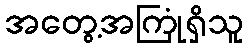
အတွေ့အကြုံရှိသူ